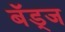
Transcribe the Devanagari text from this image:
बॅड्ज